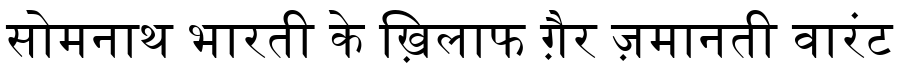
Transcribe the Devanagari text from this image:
सोमनाथ भारती के ख़िलाफ ग़ैर ज़मानती वारंट